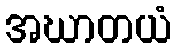
အဃာတယံ